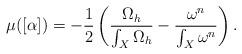
LaTeX: \begin{align*}\mu([\alpha])=-\frac{1}{2}\left(\frac{\Omega_{h}}{\int_{X}\Omega_{h}}-\frac{\omega^{n}}{\int_{X}\omega^{n}}\right).\end{align*}